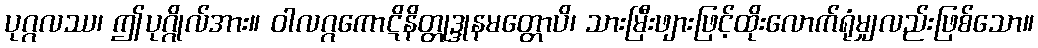
ပုဂ္ဂလဿ၊ ဤပုဂ္ဂိုလ်အား။ ဝါလဂ္ဂကောဋိနိတ္တုဒ္ဒုနမတ္တောပိ၊ သားမြီးဖျားဖြင့်ထိုးလောက်ရုံမျှလည်းဖြစ်သော။